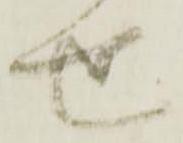
せ